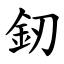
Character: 釰